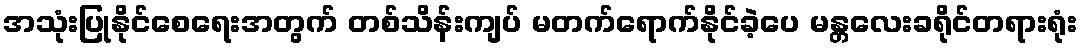
အသုံးပြုနိုင်စေရေးအတွက် တစ်သိန်းကျပ် မတက်ရောက်နိုင်ခဲ့ပေ မန္တလေးခရိုင်တရားရုံး